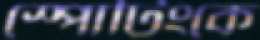
স্পোর্টিংকে